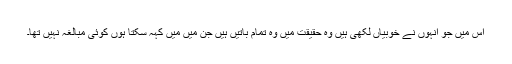
اس میں جو انہوں نے خوبیاں لکھی ہیں وہ حقیقت میں وہ تمام باتیں ہیں جن میں مَیں کہہ سکتا ہوں کوئی مبالغہ نہیں تھا۔